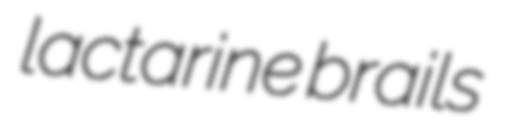
lactarine brails